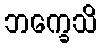
ဘက္ခေသိ